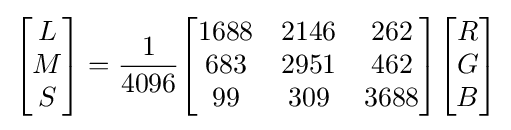
{\begin{bmatrix}L\\M\\S\end{bmatrix}}={\frac {1}{4096}}{\begin{bmatrix}1688&2146&262\\683&2951&462\\99&309&3688\end{bmatrix}}{\begin{bmatrix}R\\G\\B\end{bmatrix}}